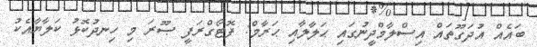
ބައެއް އުދަގޫތައް އިސްލާމްދީނުގައި ޙަލާލާއި ޙަރާމް: ފޮޓޯގްރަފީ ޞޫރަ މި ހިނދުކޮޅު ކަލާޔާއެކު